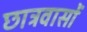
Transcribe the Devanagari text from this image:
छात्रवासों